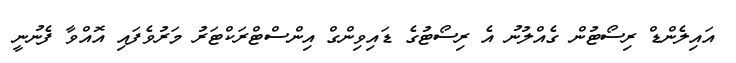
އައިލެންޑް ރިސޯޓުން ގެއްލުނު އެ ރިސޯޓުގެ ޑައިވިންގް އިންސްޓްރަކްޓަރު މަރުވެފައި އޮއްވާ ފެނުނީ